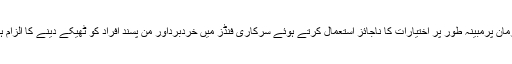
ملزمان پرمبینہ طور پر اختیارات کا ناجائز استعمال کرتے ہوئے سرکاری فنڈز میں خردبرداور من پسند افراد کو ٹھیکے دینے کا الزام ہے۔